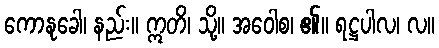
ကောနုခေါ၊ နည်း။ ဣတိ၊ သို့။ အဝေါစ၊ ၏။ ရဋ္ဌပါလ၊ လ။